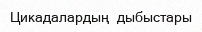
Цикадалардың  дыбыстары